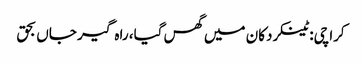
کراچی: ٹینکر دکان میں گھس گیا، راہ گیر جاں بحق